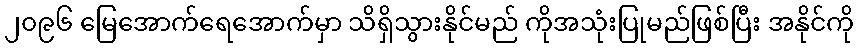
၂၀၉၆ မြေအောက်ရေအောက်မှာ သိရှိသွားနိုင်မည် ကိုအသုံးပြုမည်ဖြစ်ပြီး အနိုင်ကို